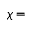
\chi =